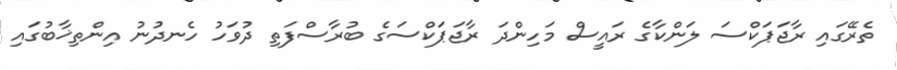
ތެރޭގައި ރާޖަޕަކްސަ ލަންކާގެ ރައީސް މަހިންދަ ރާޖަޕަކްސަގެ ބުރާސްފަތި ދުވަހު ހެނދުނު އިންތިޚާބުގައި